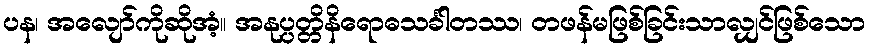
ပန၊ အလျော်ကိုဆိုအံ့။ အနုပ္ပတ္တိနိရောဓသင်္ခါတဿ၊ တဖန်မဖြစ်ခြင်းသာလျှင်ဖြစ်သော